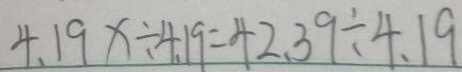
4 . 1 9 x \div 4 . 1 9 = 4 2 . 3 9 \div 4 . 1 9